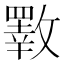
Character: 斁